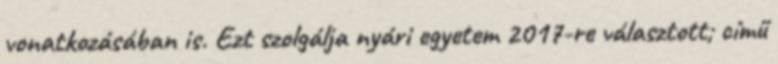
vonatkozásában is. Ezt szolgálja nyári egyetem 2017-re választott; című